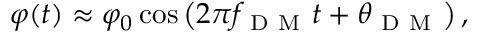
\varphi ( t ) \approx \varphi _ { 0 } \cos \left( 2 \pi f _ { \mathrm { ~ D ~ M ~ } } t + \theta _ { \mathrm { ~ D ~ M ~ } } \right) ,